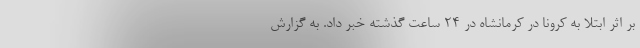
بر اثر ابتلا به کرونا در کرمانشاه در ۲۴ ساعت گذشته خبر داد. به گزارش